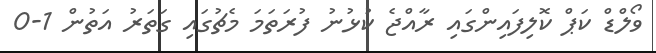
ވޯލްޑް ކަޕް ކޮލިފައިންގައި ރާއްޖެ ކުޅުނު ފުރަތަމަ މެޗުގައި ގަތަރު އަތުން 1-0